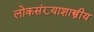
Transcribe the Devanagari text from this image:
लोकसंख्याशास्त्रीय